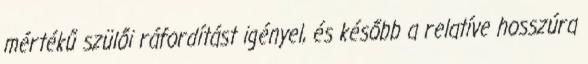
mértékű szülői ráfordítást igényel, és később a relatíve hosszúra